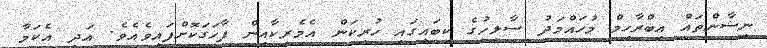
ނިޝާންތައް އިބްރާހިމް މުހައްމަދު ސާލިހުގެ ކިބައިގައި ހުރިކަން އެމެރިކާއިން ފާހަގަކޮށްފައިވެއެވެ. އަދި އެކަމާ